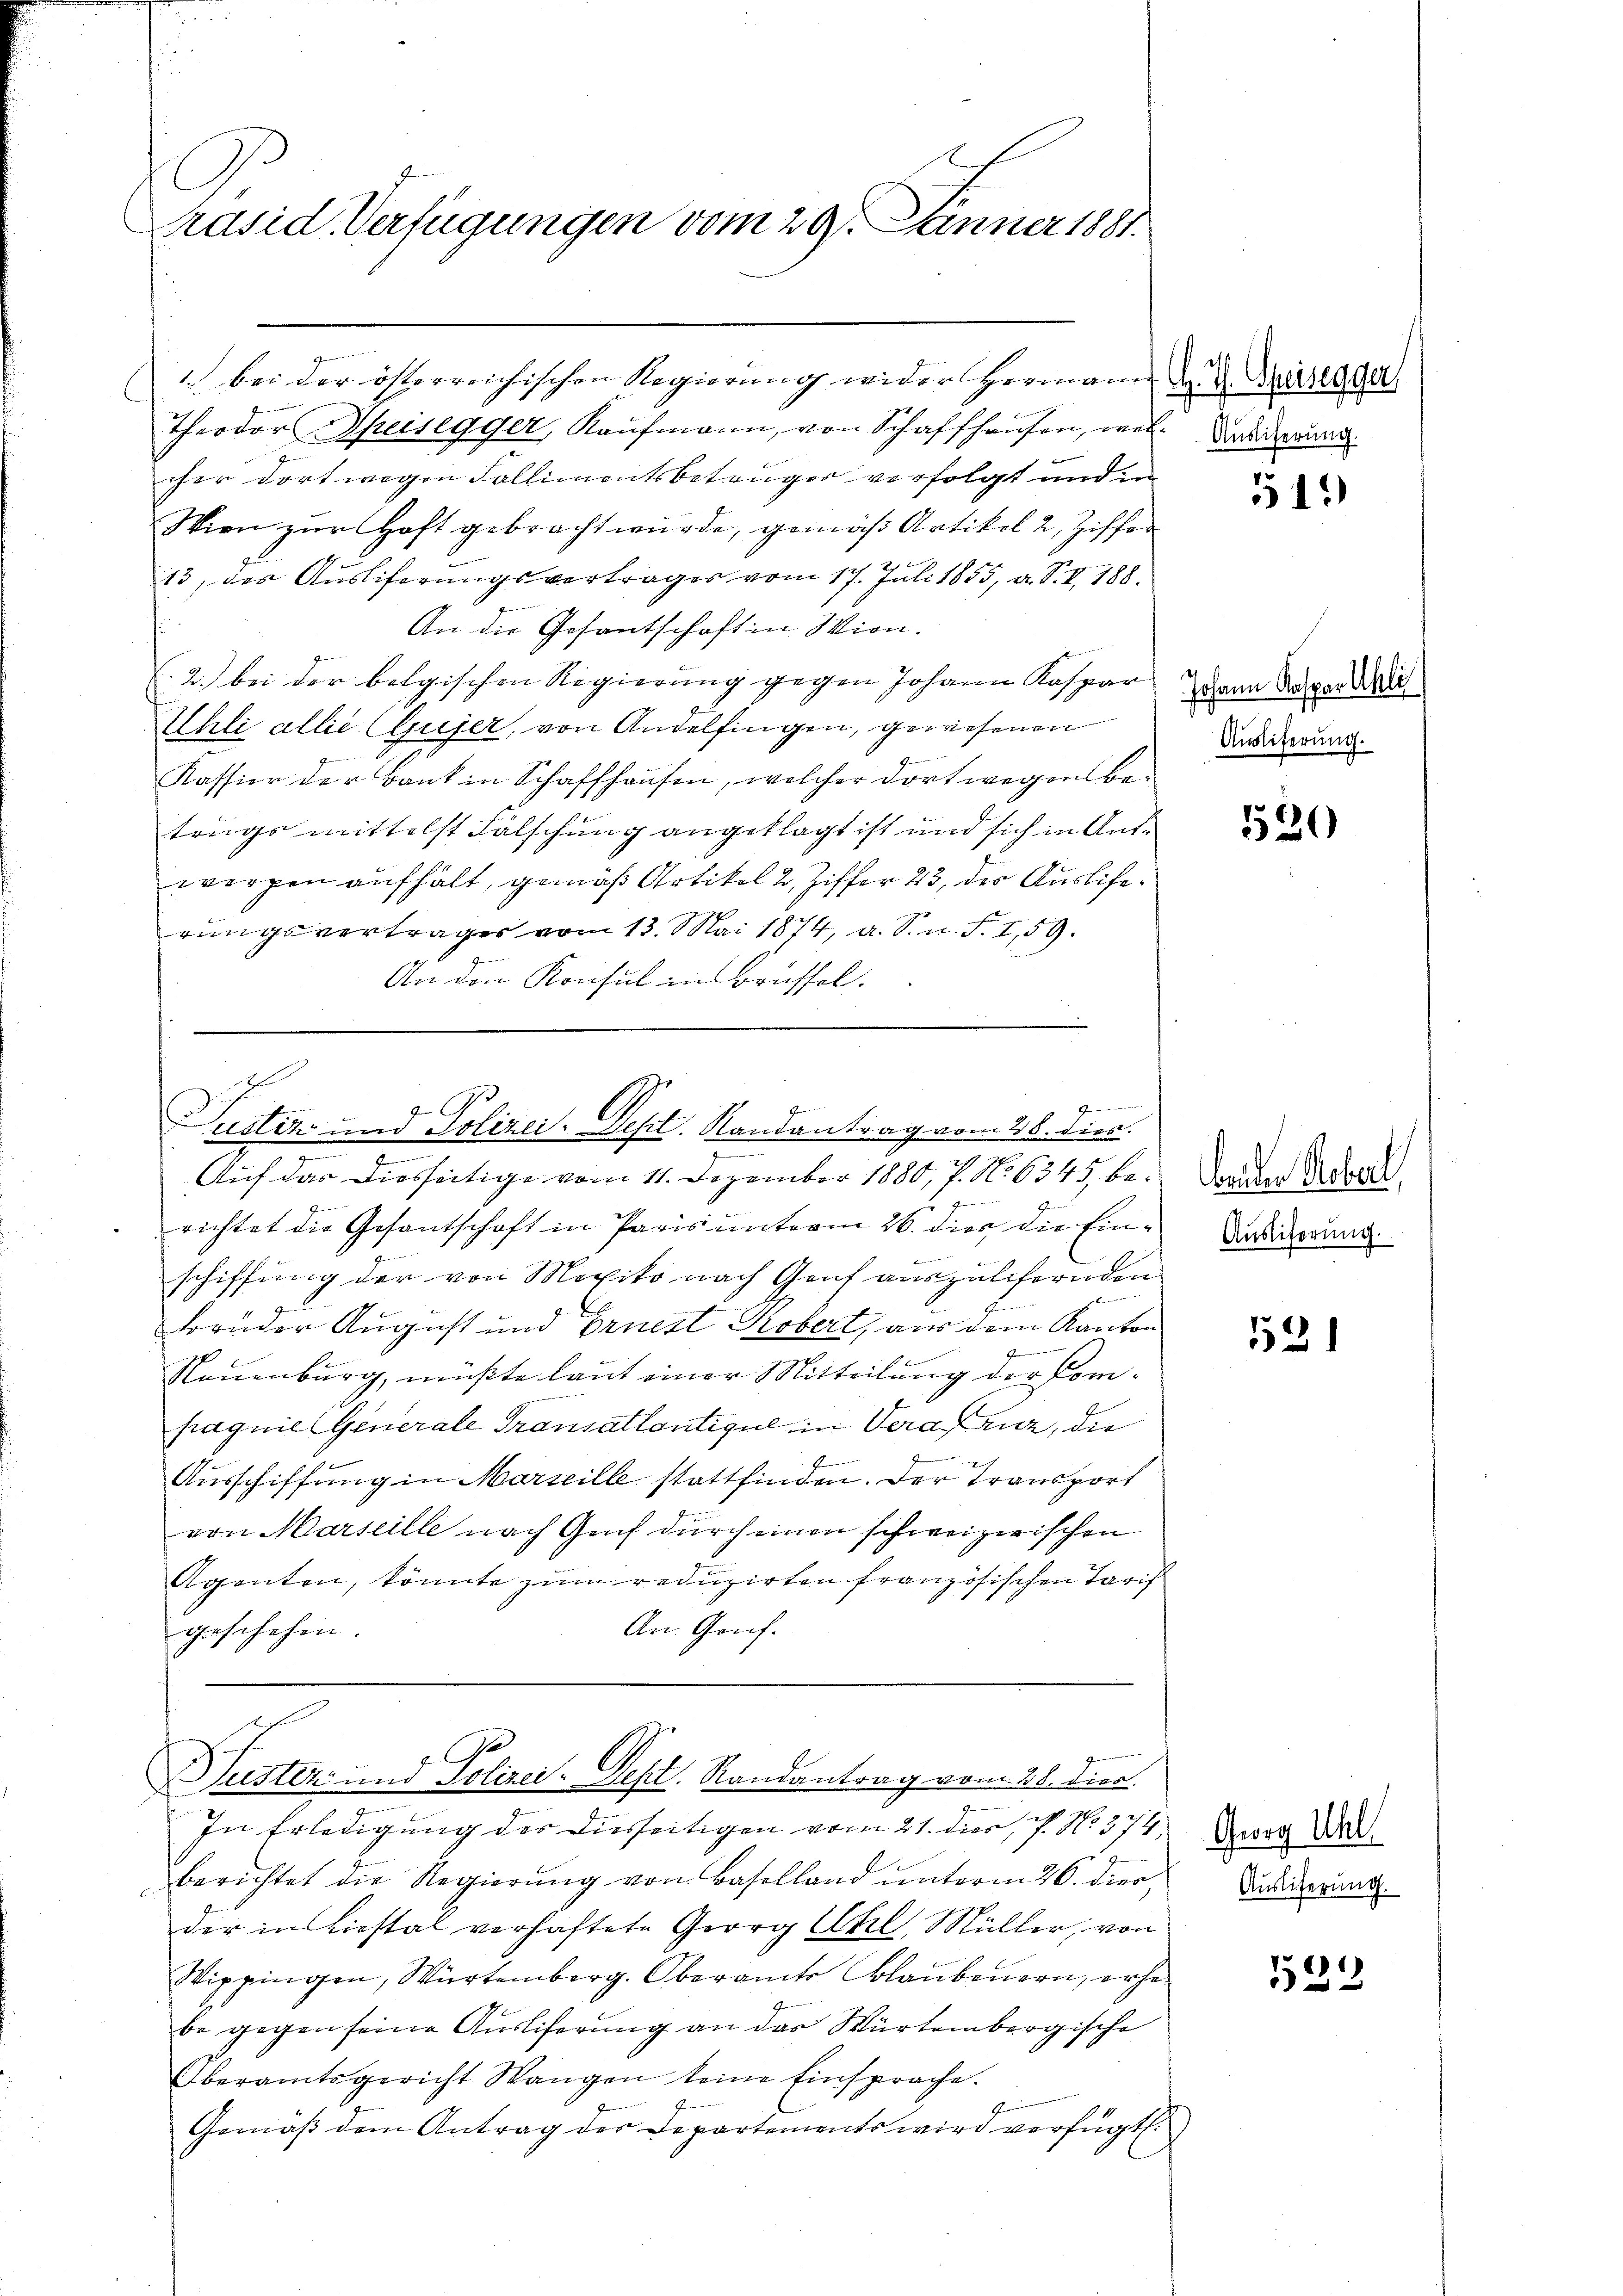
räsid. Verfügungen vom 29. Jänner 1881.

Theodor Speisegger, Kaufmann, von Schaffhausen, wel-Kardaun
cher dort wegen Fallimentsbetruger verfolgt und in
Wien zur Haft gebracht wurde, gemäß Artikel 2 Ziffer
13, das Ausliferungsvertrages vom 17. Juli 1855, a. S. I. 188.
s
An die Gesantschaft in Wien.
2.) bei der belgischen Regierung gegen Johann Kaspar
Uhli alle (Gujer, von Andelfingen, gewesenen
Kassion der Bank in Schaffhausen, welcher dort wegen Betrags mittelst Fälschung angeklagt ist und sich in Antwergen aufhält, gemäß Artikel 2. Ziffer 23, des Auslierungsvertrages vom 13. Mai 1874, a. S. n. F. I, 59.
An den Konsul in Brüssel.

1.) bei der österreichischen Regierŭng wider Hermann J. J. Karlsga

.
richtet die Gesantschaft in Paris unterm 26. dies die Ein¬
F
schiffung der von Mexiko nach Genf auszuliefernden
Bruder August und Ernest Probert, aus dem Kanton
4
Neuenburg, müßte laut einer Mitteilung der Compagnie Generale Transatlanticul in Veraruz, die
s
Ausschiffung in Marseille stattfinden. Der Transport
von Marseille nach Genf durch einen schweizerischen
Agenten, könnte zum reduzirten französischen Tarif
An Gruf.
geschehen.

u
f
a

Justiz und Polizei-Dept. Randantrag vom 28. dies
.
e
)
Auf das Diesseitige vom 11. Dezember 1880, 7. No 6345 be¬

Puster und Polizei-Dept. Randantrag vom 28. Dies

.
In Erledigung der diesseitigen vom 21. dies, P. No. 374,
berichtet die Regierŭng von Baselland unterm 26. dier,
der in Liestal verhaftete Georg Uhl, Müller, von
Wippingen, Würtemberg. Oberamte Blaubenern, erhobe gegen seine Ausliferung an das Würtembergische
Oberamtsgericht Wangen keine Einsprache.
Gemäß dem Antrag der Departements wird verfügt:

51.)

Johann Kasparthli
Auslieferung.

520

enden Reberl,
Auslieferung.

521

Georg Uhl
Auslieferung.

1522